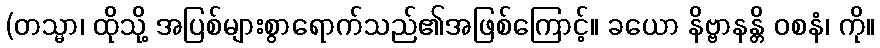
(တသ္မာ၊ ထိုသို့ အပြစ်များစွာရောက်သည်၏အဖြစ်ကြောင့်။ ခယော နိဗ္ဗာနန္တိ ဝစနံ၊ ကို။